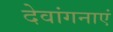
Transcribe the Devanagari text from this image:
देवांगनाएं